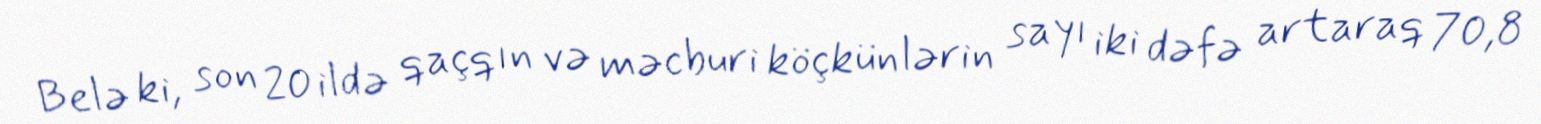
Belə ki, son 20 ildə qaçqın və məcburi köçkünlərin sayı iki dəfə artaraq 70,8